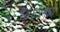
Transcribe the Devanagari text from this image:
१८६५मध्ये